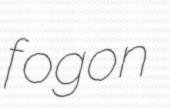
fogon